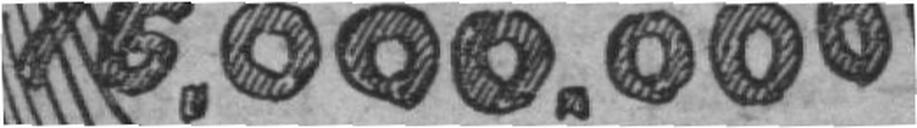
76.000.000